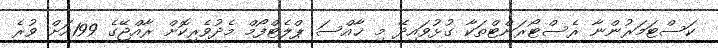
ކަސްޓަމަރުންނާ ރެސްޓޯރަންޓްތަކާ ގުޅުވައިދޭ މި ޚާއްސަ ޕްލެޓްފޯމް މެދުވެރިކޮށް ރާއްޖޭގެ 199އަށް ވުރެ